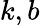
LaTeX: k,b